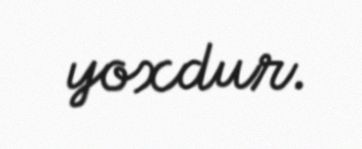
yoxdur.